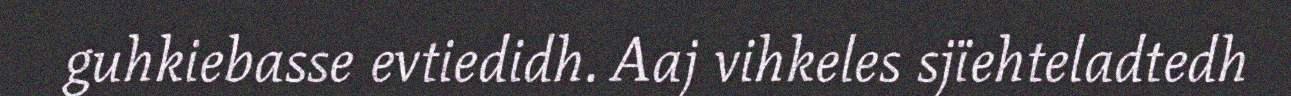
guhkiebasse evtiedidh. Aaj vihkeles sjïehteladtedh